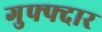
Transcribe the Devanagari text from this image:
गुफ्फ्दार